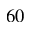
6 0